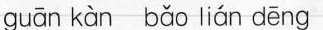
guān kàn bǎo lián dēng